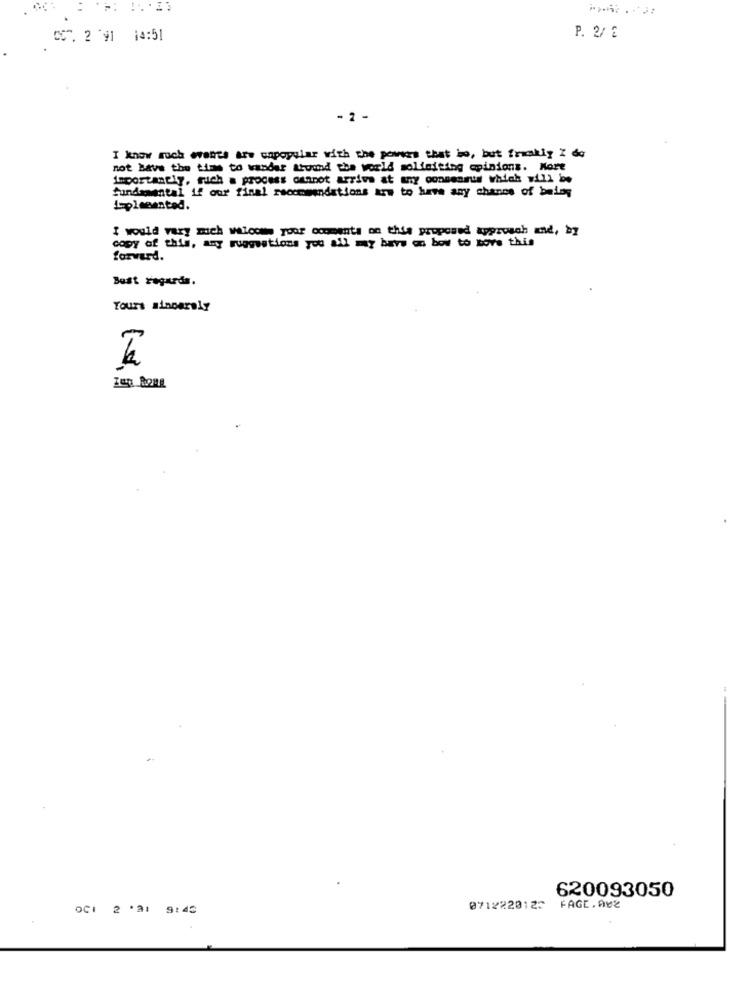
CC7. 2 91 14:51
P. 2/ 2
-2 -
I know much events are onpopular with the powers that bo, but frankly I de
not have the times to wander around the world soliciting opinions. More
importantly, such a process cannot arrive at any consensus which will be
fundamental if our final recommendations are to have any chance of being
plemented.
I would vary mich walooms your ocomenta on this proposed approach and, by
copy of this, any suggestions you all may have an bow to move this
forward.
Best regards.
Yours sincerely
620093050
0CI 2 .21 9:45
0712220122
FAGE. A02